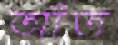
আঁত